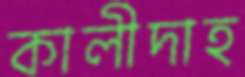
কালীদাহ